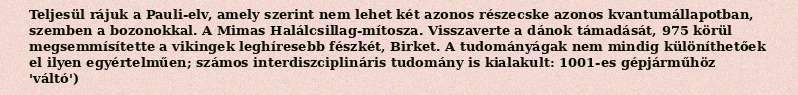
Teljesül rájuk a Pauli-elv, amely szerint nem lehet két azonos részecske azonos kvantumállapotban, szemben a bozonokkal. A Mimas Halálcsillag-mítosza. Visszaverte a dánok támadását, 975 körül megsemmísítette a vikingek leghíresebb fészkét, Birket. A tudományágak nem mindig különíthetőek el ilyen egyértelműen; számos interdiszciplináris tudomány is kialakult: 1001-es gépjárműhöz 'váltó')